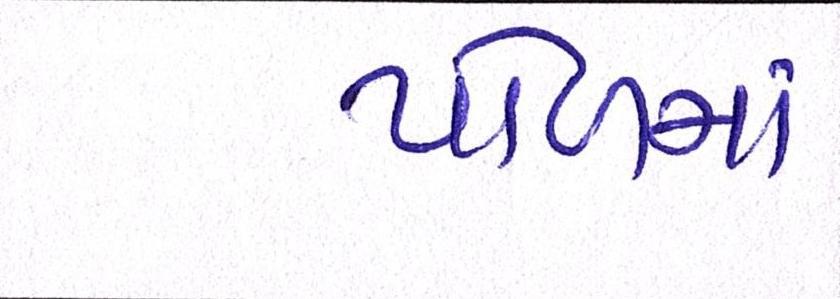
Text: પોળમાં